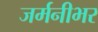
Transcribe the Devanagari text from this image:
जर्मनीभर